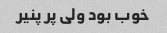
خوب بود ولی پر پنیر